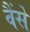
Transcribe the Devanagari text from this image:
वैंसे